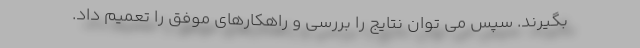
بگیرند. سپس می توان نتایج را بررسی و راهکارهای موفق را تعمیم داد.